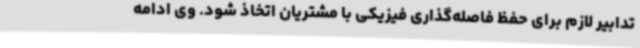
تدابیر لازم برای حفظ فاصله‌گذاری فیزیکی با مشتریان اتخاذ شود. وی ادامه